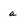
Character: a